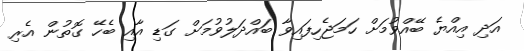
އަދި އިއްޔެ ބޭއްވުމަށް ހަމަޖެހިފައިވާ ބައްދަލުވުމަށް ގަޑި އާއި ބެހޭ ގޮތުން އެރި